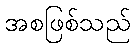
အစဖြစ်သည်